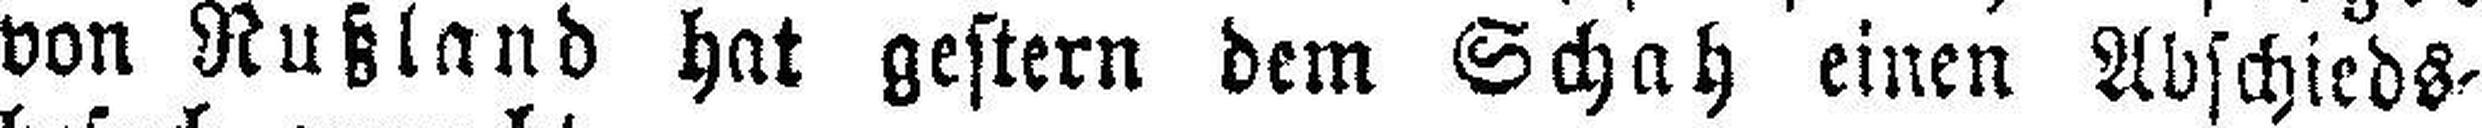
von Rußland hat gestern dem Schah einen Abschieds¬